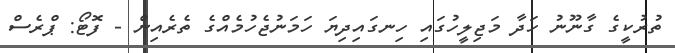
ތުރުކީގެ ގާނޫނު ހަދާ މަޖިލީހުގައި ހިނގައިދިޔަ ހަމަނުޖެހުމެއްގެ ތެރެއިން - ފޮޓޯ: ޕްރެސް